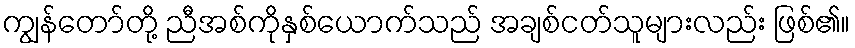
ကျွန်တော်တို့ ညီအစ်ကိုနှစ်ယောက်သည် အချစ်ငတ်သူများလည်း ဖြစ်၏။